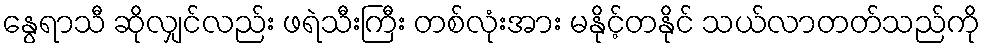
နွေရာသီ ဆိုလျှင်လည်း ဖရဲသီးကြီး တစ်လုံးအား မနိုင့်တနိုင် သယ်လာတတ်သည်ကို